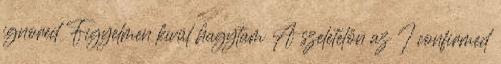
ignored Figyelmen kívül hagytam A szeletelőn az I confirmed